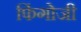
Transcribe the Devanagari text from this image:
फिंगोजी